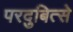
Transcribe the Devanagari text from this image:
परदुबित्से